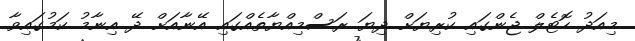
މިއަދު ހޮޓެލް ޖެންގައި ކުރިޔަށް ދިޔަ ރަސްމިއްޔާތެއްގައި އޭނާއަށް ދޭ އިނާމު ކަމުގައިވާ